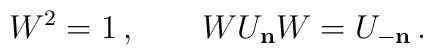
W^{2} = 1 \, , \qquad WU_{\bf n} W = U_{-\bf n} \, .